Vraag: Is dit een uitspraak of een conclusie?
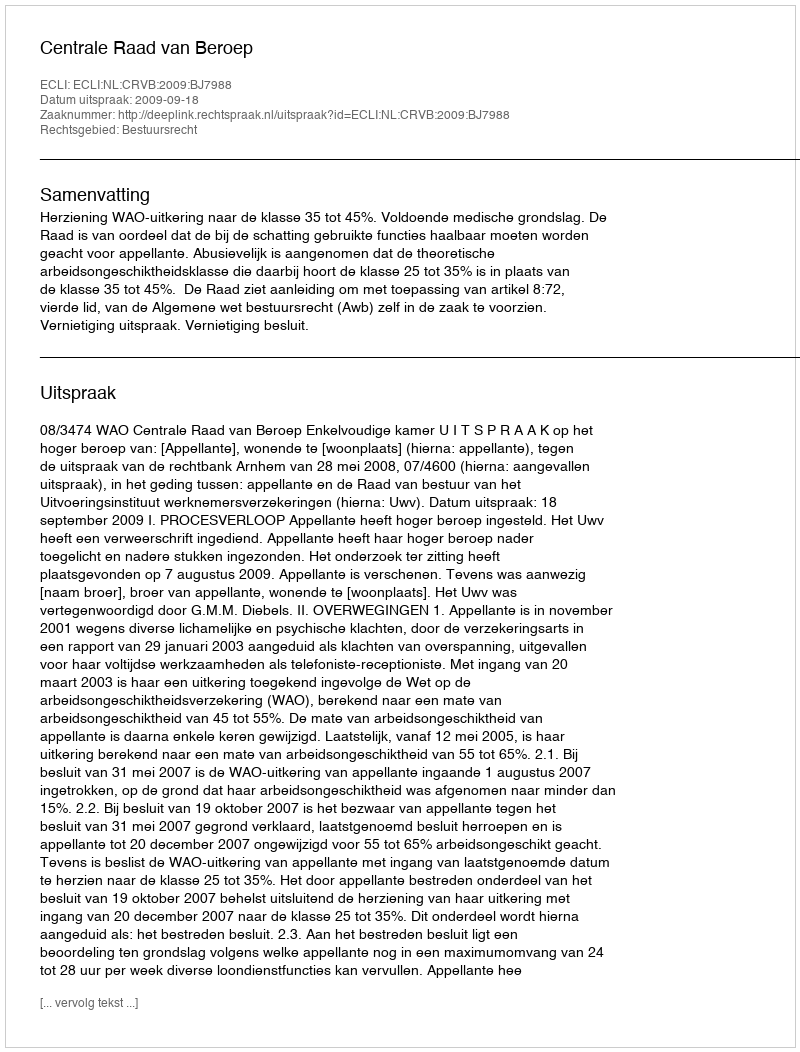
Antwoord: Uitspraak